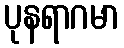
ပုနရာဂမာ